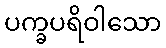
ပက္ခပရိဝါသော